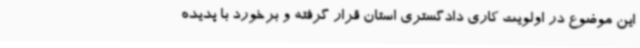
این موضوع در اولویت‌ کاری دادگستری استان قرار گرفته و برخورد با پدیده